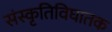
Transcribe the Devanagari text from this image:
संस्कृतिविघातक